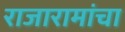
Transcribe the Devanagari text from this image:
राजारामांचा